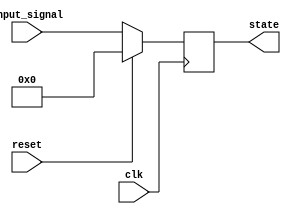
module synchronous_reset (
    input wire clk,        // Clock signal
    input wire reset,      // Reset signal
    input wire [3:0] input_signal, // Example input signal for state transition
    output reg [3:0] state // State output (4-bit for example)
);

// Predefined reset value
parameter RESET_VALUE = 4'b0000;

// State transition logic
always @(posedge clk) begin
    if (reset) begin
        // Synchronous reset: set state to predefined reset value
        state <= RESET_VALUE;
    end else begin
        // Normal operation: update state based on input_signal
        // Example state transition logic (can be customized)
        state <= input_signal; // For demonstration, directly assigning input_signal
    end
end

endmodule